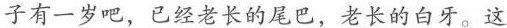
子有一岁吧，已经老长的尾巴，老长的白牙。这